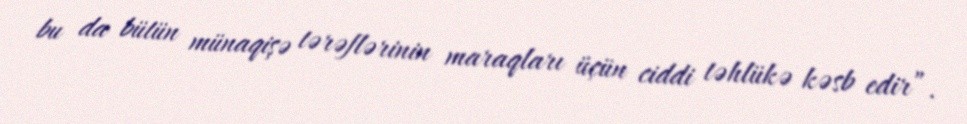
bu da bütün münaqişə tərəflərinin maraqları üçün ciddi təhlükə kəsb edir”.